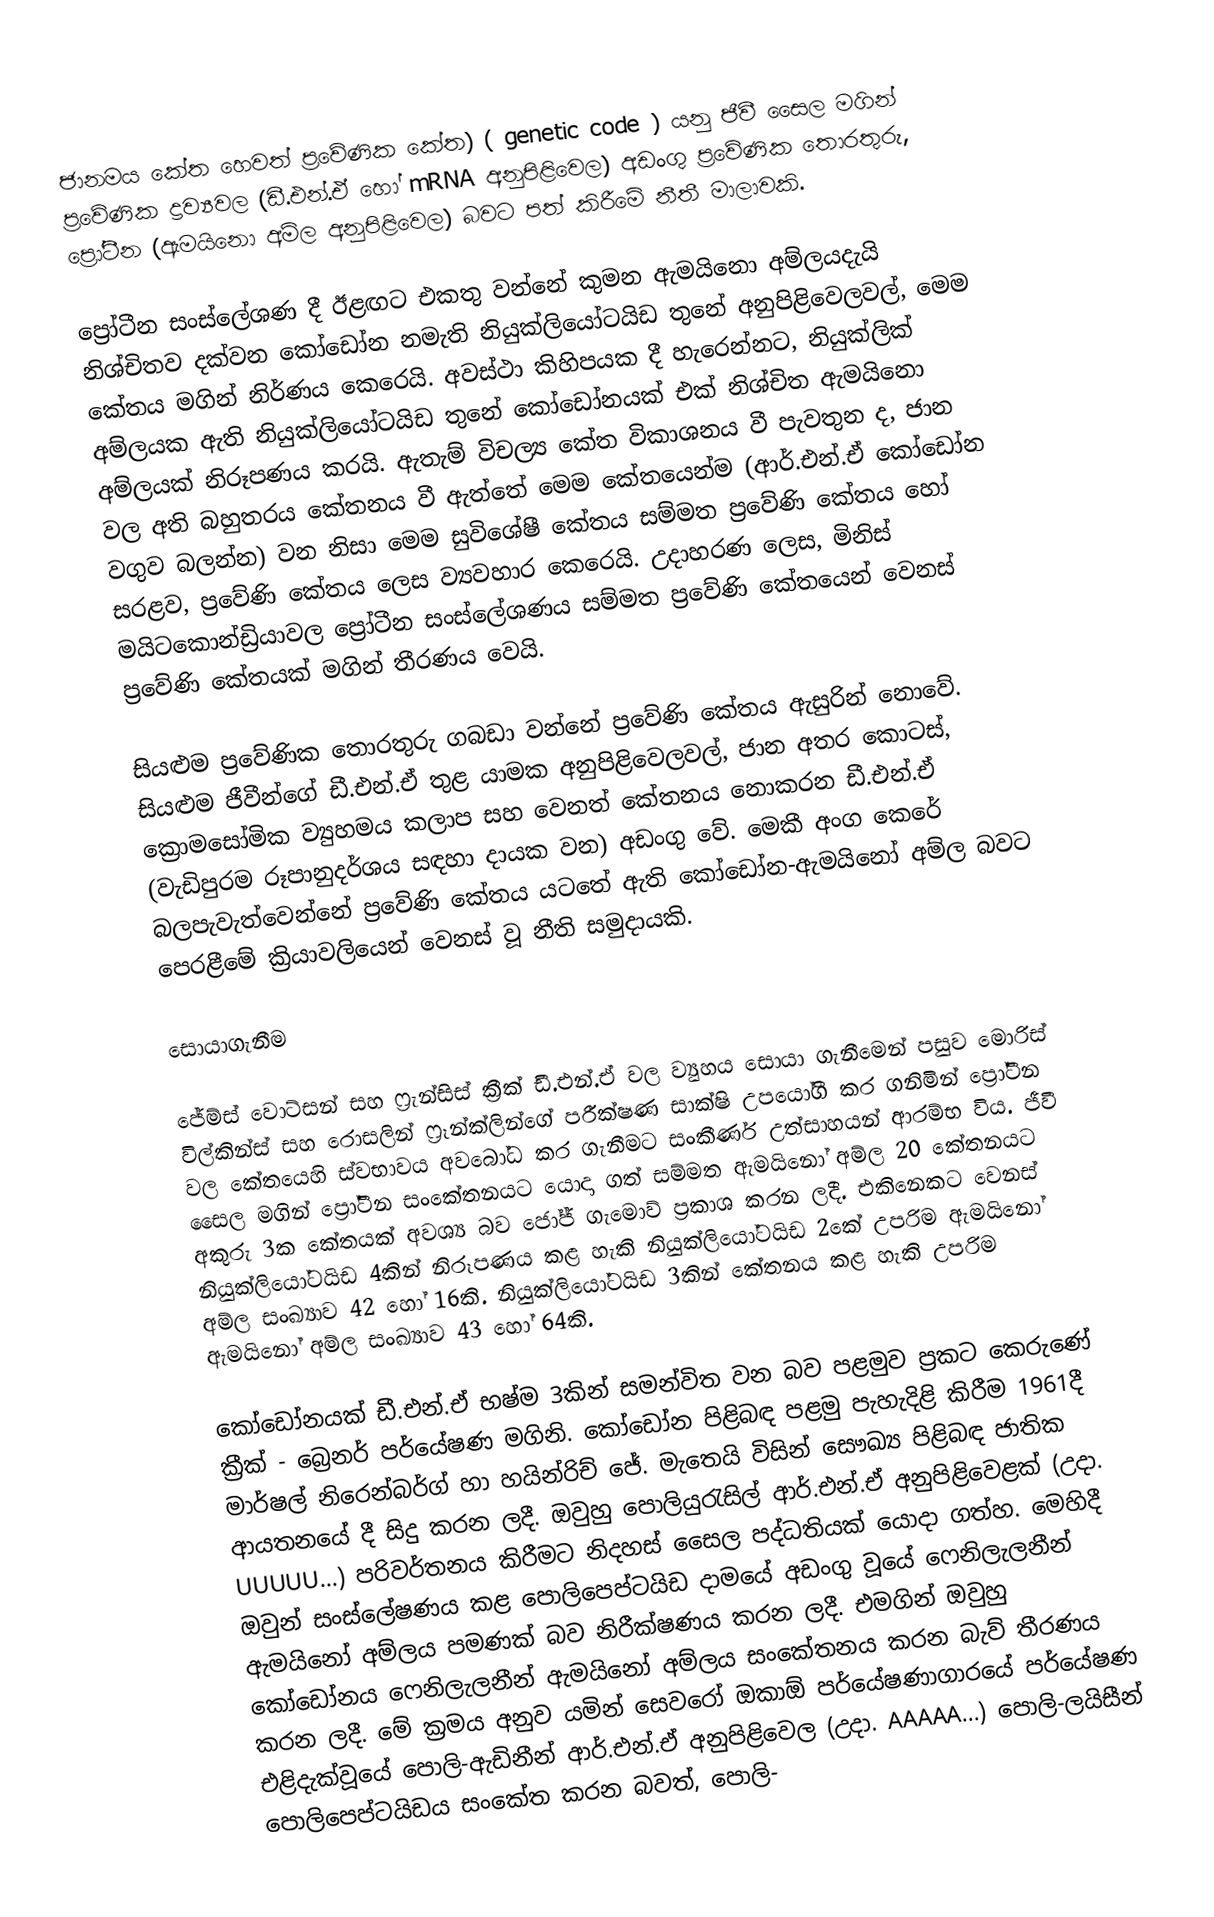
ජානමය කේත හෙවත් ප්‍රවේණික කේත) ( genetic code ) යනු ජීවී සෛල මගින් ප්‍රවේණික ද්‍රව්‍යවල (ඩී.එන්.ඒ හෝ mRNA අනුපිළිවෙල)  අඩංගු ප්‍රවේණික තොරතුරු, ප්‍රෝටීන (ඇමයිනො අම්ල අනුපිළිවෙල) බවට පත් කිරීමේ නීතී මාලාවකි.

ප්‍රෝටීන සංස්ලේශණ දී ඊළඟට එකතු වන්නේ කුමන ඇමයිනො අම්ලයදැයි නිශ්චිතව දක්වන කෝඩෝන නමැති නියුක්ලියෝටයිඩ තුනේ අනුපිළිවෙලවල්, මෙම කේතය මගින් නිර්ණය කෙරෙයි. අවස්ථා කිහිපයක දී හැරෙන්නට, නියුක්ලික් අම්ලයක ඇති නියුක්ලියෝටයිඩ තුනේ කෝඩෝනයක් එක් නිශ්චිත ඇමයිනො අම්ලයක් නිරූපණය කරයි. ඇතැම් විචල්‍ය කේත විකාශනය වී පැවතුන ද, ජාන වල අති බහුතරය කේතනය වී ඇත්තේ මෙම කේතයෙන්ම (ආර්.එන්.ඒ කෝඩෝන වගුව බලන්න) වන නිසා මෙම සුවිශේෂී කේතය සම්මත ප්‍රවේණි කේතය හෝ සරළව, ප්‍රවේණි කේතය ලෙස ව්‍යවහාර කෙරෙයි. උදාහරණ ලෙස, මිනිස් මයිටකොන්ඩ්‍රියාවල ප්‍රෝටීන සංස්ලේශණය සම්මත ප්‍රවේණි කේතයෙන් වෙනස් ප්‍රවේණි කේතයක් මගින් තීරණය වෙයි.

සියළුම ප්‍රවේණික තොරතුරු ගබඩා වන්නේ ප්‍රවේණි කේතය ඇසුරින් නොවේ. සියළුම ජීවීන්ගේ ඩී.එන්.ඒ තුළ යාමක අනුපිළිවෙලවල්, ජාන අතර කොටස්, ක්‍රොමසෝමික ව්‍යුහමය කලාප සහ වෙනත් කේතනය නොකරන ඩී.එන්.ඒ (වැඩිපුරම රූපානුදර්ශය සඳහා දායක වන) අඩංගු වේ. මෙකී අංග කෙරේ බලපැවැත්වෙන්නේ ප්‍රවේණි කේතය යටතේ ඇති කෝඩෝන-ඇමයිනෝ අම්ල බව‍ට පෙරළීමේ ක්‍රියාවලියෙන් වෙනස් වූ  නීති සමුදායකි.

සොයාගැනීම

ජේම්ස් වොට්සන් සහ ෆ්‍රැන්සිස් ක්‍රීක් ඩී.එන්.ඒ වල ව්‍යුහය සොයා ගැනීමෙන් පසුව මොරිස් විල්කින්ස් සහ රොසලින් ‍ෆ්‍රෑන්ක්ලින්ගේ පරීක්ෂණ සාක්ෂි උපයෝගී කර ගනිමින් ප්‍රෝටීන වල කේතයෙහි ස්වභාවය අවබෝධ කර ගැනීමට සංකීර්ණ උත්සාහයන් ආරම්භ විය. ජීවී සෛල මගින් ප්‍රෝටීන සංකේතනයට යොදා ගත් සම්මත ඇමයිනෝ අම්ල 20 කේතනයට අකුරු 3ක කේතයක් අවශ්‍ය බව ජෝජ් ගැමොව් ප්‍රකාශ කරන ලදී. එකිනෙකට වෙනස් නියුක්ලියෝටයිඩ 4කින් නිරූපණය කළ හැකි නියුක්ලියෝටයිඩ 2කේ උපරිම ඇමයිනෝ ‍අම්ල සංඛ්‍යාව 42 හෝ 16කි. නියුක්ලියෝටයිඩ 3කින් කේතනය කළ හැකි උපරිම ඇමයිනෝ ‍අම්ල සංඛ්‍යාව 43 හෝ 64කි.

කෝ‍ඩෝනයක් ඩී.එන්.ඒ භෂ්ම 3කින් සමන්විත වන බව පළමුව ප්‍රකට කෙරුණේ ක්‍රීක් - බ්‍රෙනර් පර්යේෂණ මගිනි. කෝඩෝන පිළිබඳ පළමු පැහැදිළි කිරීම 1961දී මාර්ෂල් නිරෙන්බර්ග් හා හයින්රිච් ජේ. මැතෙයි විසින්‍ සෞඛ්‍ය පිළිබඳ ජාතික ආයතනයේ දී සිදු කරන ලදී. ඔවුහු පොලියුරැසිල් ආර්.එන්.ඒ අනුපිළිවෙළක් (උදා. UUUUU...) පරිවර්තනය කිරීමට නිදහස් සෛල පද්ධතියක් යොදා ගත්හ. මෙහිදී ඔවුන් සංස්ලේෂණය කළ පොලිපෙප්ටයිඩ දාමයේ අඩංගු වූයේ ෆෙනිලැලනීන් ඇමයිනෝ අම්ලය පමණක් බව නිරීක්ෂණය කරන ලදී. එමගින් ඔවුහු කෝඩෝනය ෆෙනිලැලනීන් ඇමයිනෝ අම්ලය සංකේතනය කරන බැව් තීරණය කරන ලදී. මේ ක්‍රමය අනුව යමින් සෙවරෝ ඔකාඕ පර්යේෂණාගාරයේ පර්යේෂණ එළිදැක්වූයේ පොලි-ඇඩිනීන් ආර්.එන්.ඒ අනුපිළිවෙල (උදා. AAAAA...) පොලි-ලයිසීන් පොලිපෙප්ටයිඩය සංකේත කරන බවත්, පොලි-